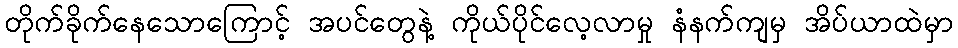
တိုက်ခိုက်နေသောကြောင့် အပင်တွေနဲ့ ကိုယ်ပိုင်လေ့လာမှု နံနက်ကျမှ အိပ်ယာထဲမှာ